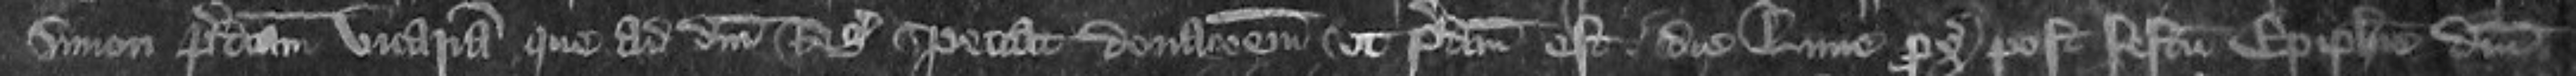
Simon predictam Vicariam que ad domini Regis spectat donacionem ut predictam est die Lune proximo post Festum Epiphanie Domini